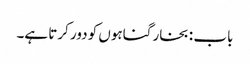
باب : بخار گناہوں کو دور کرتا ہے۔